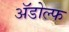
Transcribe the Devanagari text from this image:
अॅडोल्फ